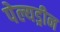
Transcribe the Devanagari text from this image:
पेल्यड्रीन